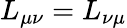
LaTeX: L_{\mu\nu}=L_{\nu\mu}